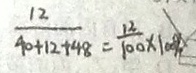
\frac { 1 2 } { 4 0 + 1 2 + 4 8 } = \frac { 1 2 } { 1 0 0 } \times 1 0 0 \%